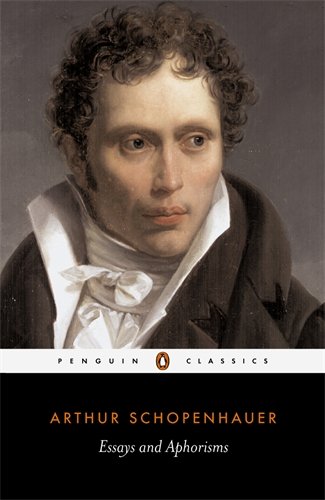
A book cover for Essays and Aphorisms (Penguin Classics); Arthur Schopenhauer; Politics & Social Sciences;